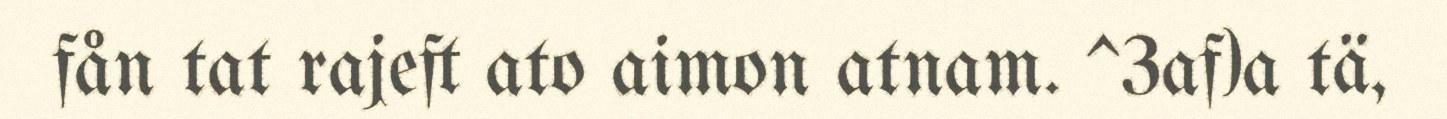
fån tat rajeft ato aimon atnam. ^3af)a tä,